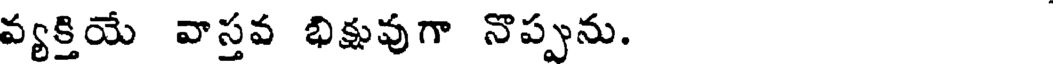
వ్యక్తియే వాస్తవ భిక్షువుగా నొప్పును.